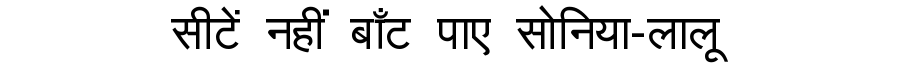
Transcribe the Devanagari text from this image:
सीटें नहीं बाँट पाए सोनिया-लालू